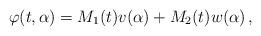
LaTeX: \begin{align*}\varphi(t, \alpha)=M_1(t)v(\alpha)+M_2(t)w(\alpha)\,,\end{align*}